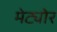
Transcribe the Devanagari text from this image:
मेट्योर